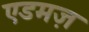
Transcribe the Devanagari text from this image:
एडमज़